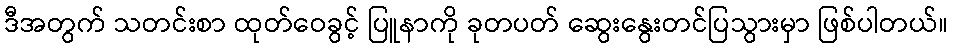
ဒီအတွက် သတင်းစာ ထုတ်ဝေခွင့် ပြူနာကို ခုတပတ် ဆွေးနွေးတင်ပြသွားမှာ ဖြစ်ပါတယ်။